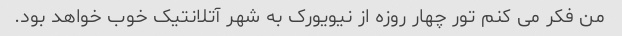
من فکر می کنم تور چهار روزه از نیویورک به شهر آتلانتیک خوب خواهد بود.